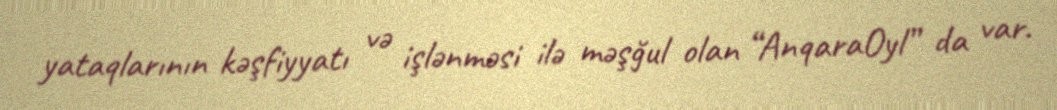
yataqlarının kəşfiyyatı və işlənməsi ilə məşğul olan “AnqaraOyl” da var.